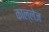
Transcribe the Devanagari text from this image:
काल्लेज